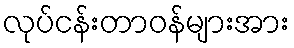
လုပ်ငန်းတာဝန်များအား